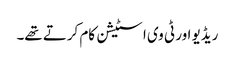
ریڈیو اور ٹی وی ا سٹیشن کام کرتے تھے۔